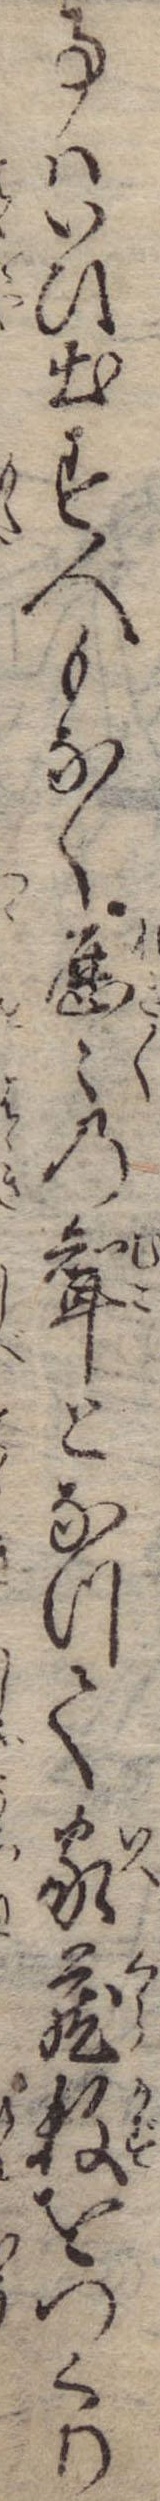
事はいひ出す人もなく歴々の婿となつて家蔵数をつくり